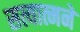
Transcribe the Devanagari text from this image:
सत्यात्मने